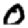
Digit: 0